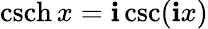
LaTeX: \operatorname{csch}x=\mathbf{i}\csc(\mathbf{i}x)